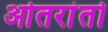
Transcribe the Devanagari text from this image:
ओतरांतो